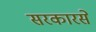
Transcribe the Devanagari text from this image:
सरकारसे